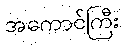
အကောင်ကြီး